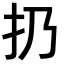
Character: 扔